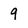
Character: 9